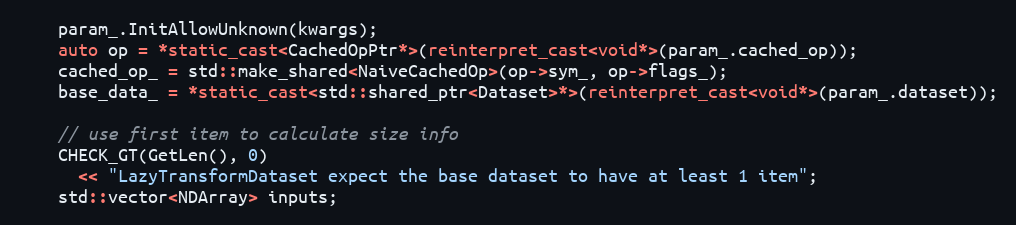
Language: C++
    param_.InitAllowUnknown(kwargs);
    auto op = *static_cast<CachedOpPtr*>(reinterpret_cast<void*>(param_.cached_op));
    cached_op_ = std::make_shared<NaiveCachedOp>(op->sym_, op->flags_);
    base_data_ = *static_cast<std::shared_ptr<Dataset>*>(reinterpret_cast<void*>(param_.dataset));

    // use first item to calculate size info
    CHECK_GT(GetLen(), 0)
      << "LazyTransformDataset expect the base dataset to have at least 1 item";
    std::vector<NDArray> inputs;